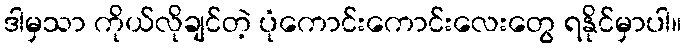
ဒါမှသာ ကိုယ်လိုချင်တဲ့ ပုံကောင်းကောင်းလေးတွေ ရနိုင်မှာပါ။